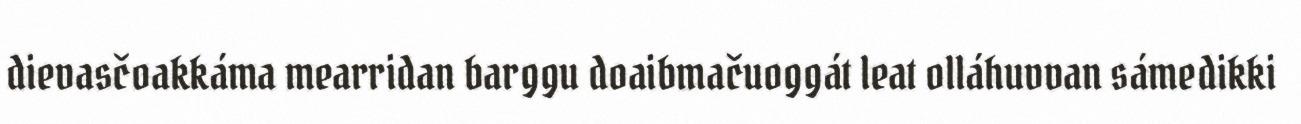
dievasčoakkáma mearridan barggu doaibmačuoggát leat olláhuvvan sámedikki